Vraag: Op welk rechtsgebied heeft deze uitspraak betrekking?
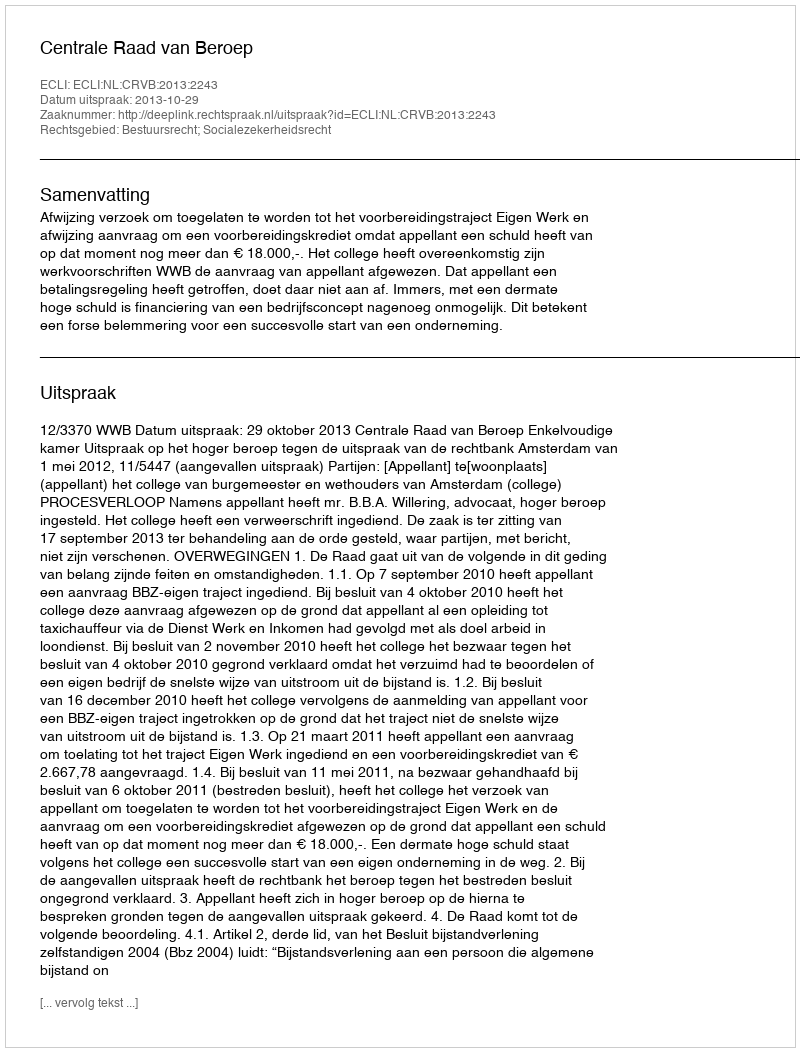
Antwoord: Bestuursrecht; Socialezekerheidsrecht